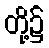
တို့၌